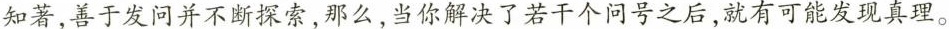
知著，善于发问并不断探索，那么，当你解决了若干个问号之后，就有可能发现真理。